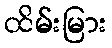
ထိမ်းမြား